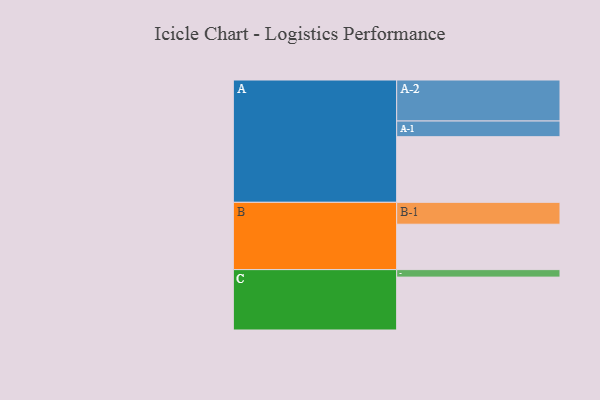
{"axis": {"x": "Segment", "y": "Value"}, "legend": ["", "A", "B", "C"], "data": [{"x": "A", "y": 464, "type": ""}, {"x": "B", "y": 321, "type": ""}, {"x": "C", "y": 374, "type": ""}, {"x": "A-1", "y": 111, "type": "A"}, {"x": "A-2", "y": 290, "type": "A"}, {"x": "B-1", "y": 155, "type": "B"}, {"x": "C-1", "y": 53, "type": "C"}]}